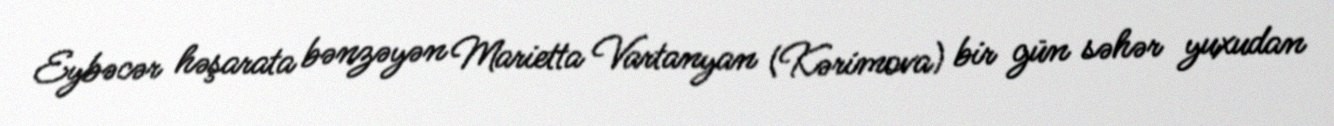
Eybəcər həşarata bənzəyən Marietta Vartanyan (Kərimova) bir gün səhər yuxudan